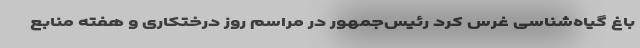
باغ گیاه‌شناسی غرس کرد رئیس‌جمهور در مراسم روز درختکاری و هفته منابع